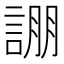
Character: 𮘚